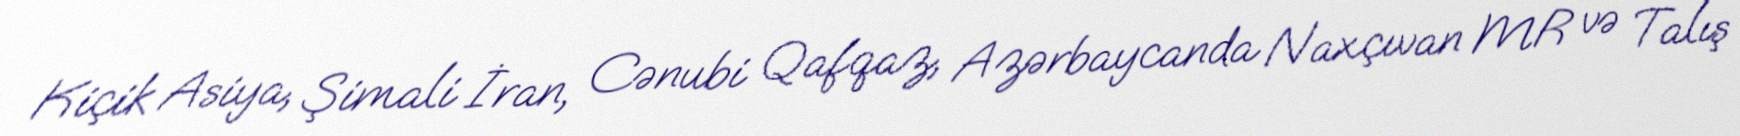
Kiçik Asiya, Şimali İran, Cənubi Qafqaz, Azərbaycanda Naxçıvan MR və Talış